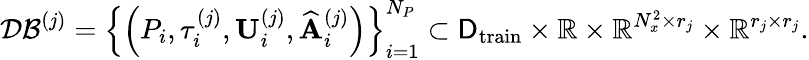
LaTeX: \mathcal{DB}^{(j)}=\left\{ \left(P_{i},\tau_{i}^{(j)},\mathbf{U}_{i}^{(j)},\widehat{\mathbf{A}}_{i}^{(j)}\right)\right\} _{i=1}^{N_{P}}\subset\mathsf{D}_{\mathrm{train}}\times\mathbb{R}\times\mathbb{R}^{N_{x}^{2}\times r_{j}}\times\mathbb{R}^{r_{j}\times r_{j}}.